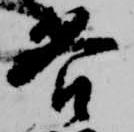
各